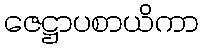
ဇေဋ္ဌာပစာယိကာ